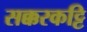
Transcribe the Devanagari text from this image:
सक्करकट्टि